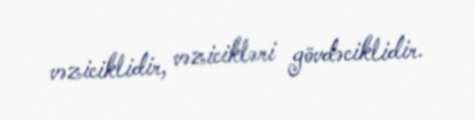
vəziciklidir, vəzicikləri gövdəciklidir.